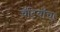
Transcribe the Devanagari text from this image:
चॅटियाँचा